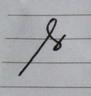
Signature authenticity: forged